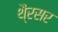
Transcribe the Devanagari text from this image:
थै्रसर